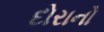
દોરાનો